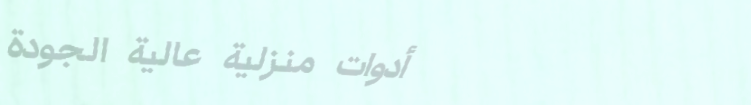
أدوات منزلية عالية الجودة